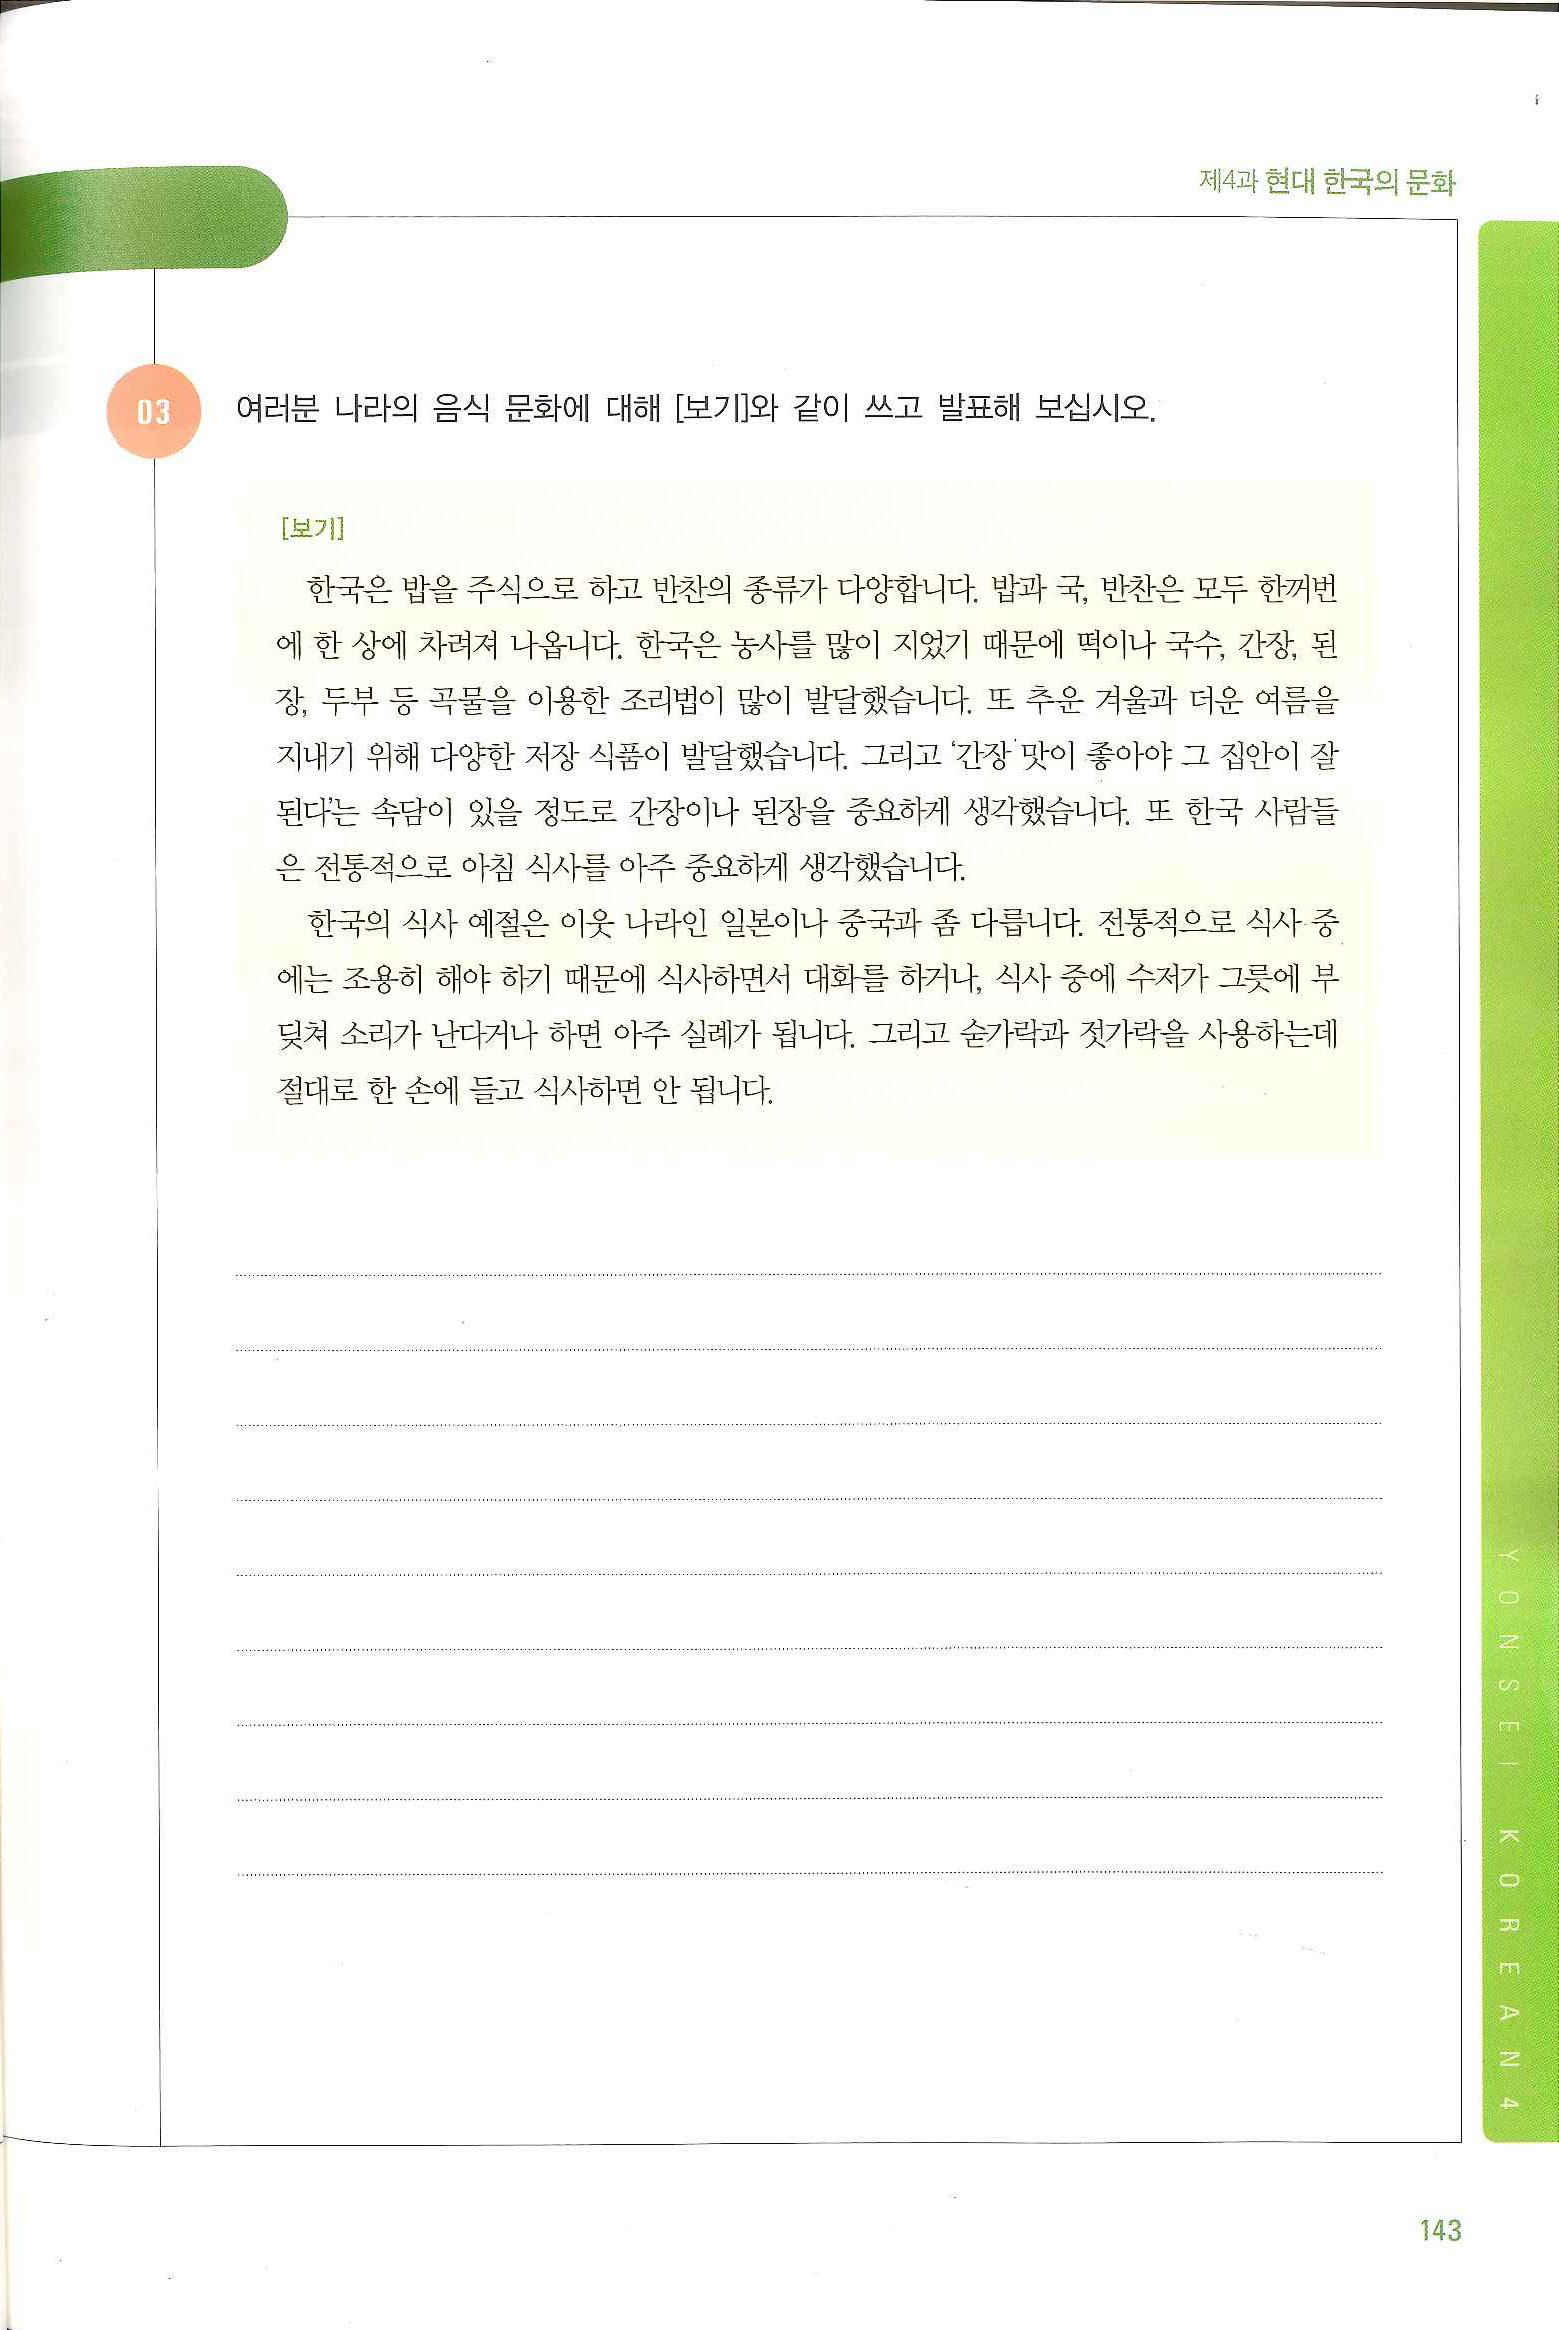
Language: ko